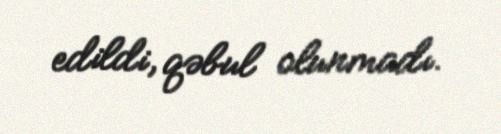
edildi, qəbul olunmadı.